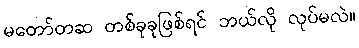
မတော်တဆ တစ်ခုခုဖြစ်ရင် ဘယ်လို လုပ်မလဲ။